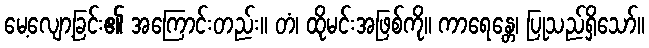
မေ့လျော့ခြင်း၏ အကြောင်းတည်း။ တံ၊ ထိုမင်းအဖြစ်ကို။ ကာရေန္တေ၊ ပြုသည်ရှိသော်။